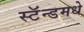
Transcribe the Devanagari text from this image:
स्टॅन्डमधे